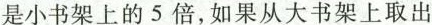
是小书架上的5倍，如果从大书架上取出